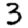
Digit: 3